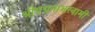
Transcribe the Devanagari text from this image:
श्रीपद्मनाभस्वामी